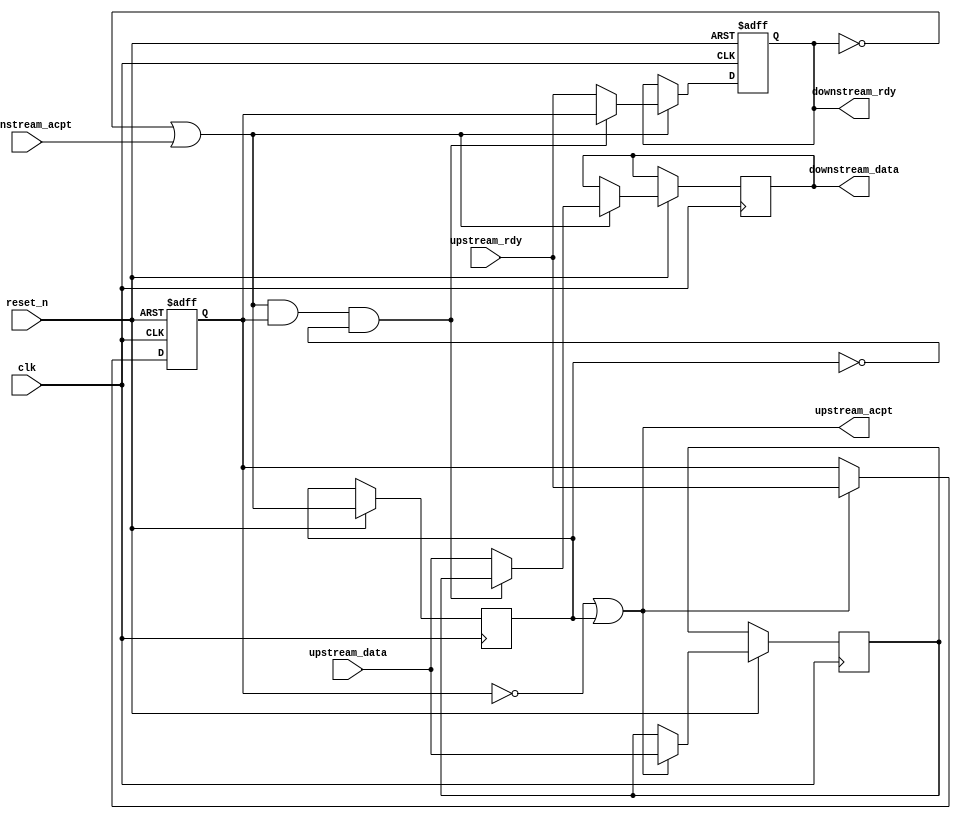
`timescale 1ns/1ns

module rdyacpt #(parameter WIDTH = 8) (
  input clk, reset_n, upstream_rdy, downstream_acpt,
  input [WIDTH-1:0] upstream_data,
  output downstream_rdy, upstream_acpt,
  output [WIDTH-1:0] downstream_data);


  wire en_v0, en_v1, v0_sel;
  reg v0, v1, ready_reg;
  reg [WIDTH-1:0] d0, d1;
  
assign #1
  en_v0 = ~v0 | downstream_acpt,
  en_v1 = ~v1 | ready_reg,
  v0_sel = en_v0  & v1 & ~ready_reg,
  upstream_acpt = ~v1 | ready_reg,
  downstream_rdy = v0,
  downstream_data = d0;

always @(posedge clk or negedge reset_n)
  if (!reset_n)
    begin
      v0 <=  1'b0;
      v1 <=  1'b0;
    end
  else
    begin
      ready_reg <=  downstream_acpt | ~v0;
      if (en_v0)
        if (v0_sel)
          begin
            v0 <=  v1;
            d0 <=  d1;
          end
        else
          begin
            v0 <=  upstream_rdy;
            d0 <=  upstream_data;
          end
      if (en_v1)
        begin
          v1 <=  upstream_rdy;
          d1 <=  upstream_data;
        end
    end
/*
always @(posedge clk)
  begin
    ready_reg <=  downstream_acpt | ~v0;
    if (en_v0)
      if(v0_sel)
        d0 <=  d1;
      else
        d0 <=  upstream_data;
    if (en_v1)
       d1 <=  upstream_data;
  end
*/

endmodule